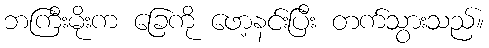
ဘကြီးမိုးက ခြေကို ဖော့နင်းပြီး တက်သွားသည်။